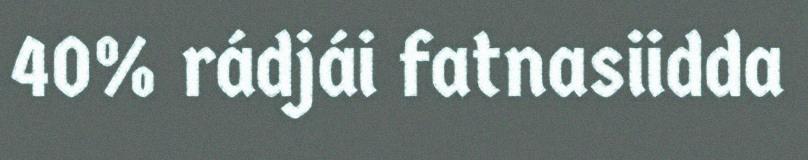
40% rádjái fatnasiidda